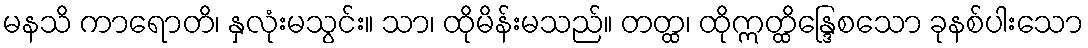
မနသိ ကာရောတိ၊ နှလုံးမသွင်း။ သာ၊ ထိုမိန်းမသည်။ တတ္ထ၊ ထိုဣတ္ထိန္ဒြေစသော ခုနစ်ပါးသော